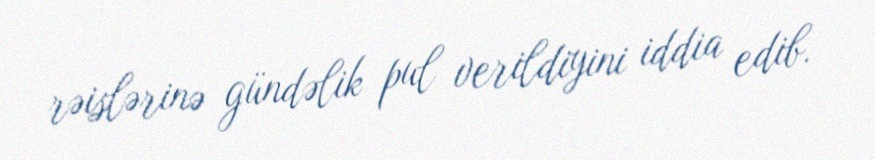
rəislərinə gündəlik pul verildiyini iddia edib.